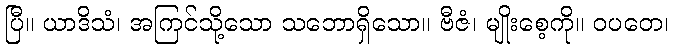
ပြီ။ ယာဒိသံ၊ အကြင်သို့သော သဘောရှိသော။ ဗီဇံ၊ မျိုးစေ့ကို။ ဝပတေ၊